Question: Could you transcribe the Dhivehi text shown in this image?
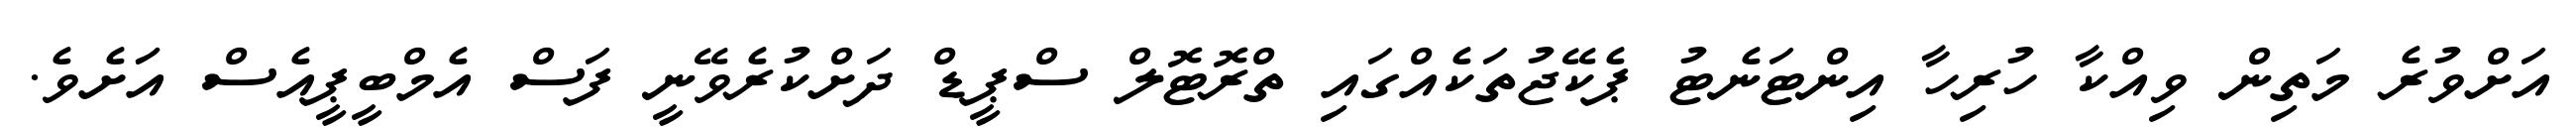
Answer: އަށްވުރެ މަތިން ވިއްކާ ހުރިހާ އިންޓަނެޓު ޕެކޭޖުތަކެއްގައި ތްރޮޓޮލް ސްޕީޑް ދަށްކުރެވޭނީ ފަސް އެމްބީޕީއެސް އަަށެވެ.